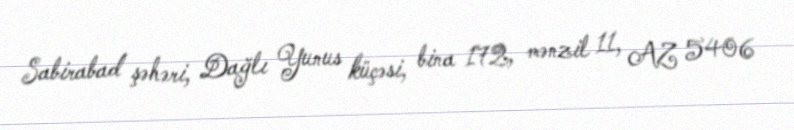
Sabirabad şəhəri, Dağlı Yunus küçəsi, bina 172, mənzil 11, AZ 5406